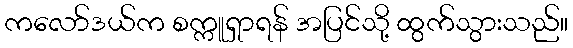
ကလော်ဒယ်က စက္ကူရှာရန် အပြင်သို့ ထွက်သွားသည်။